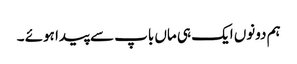
ہم دونوں ایک ہی ماں باپ سے پیدا ہوئے ۔